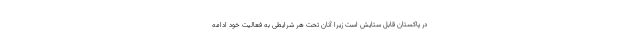
در پاکستان قابل ستایش است زیرا آنان تحت هر شرایطی به فعالیت خود ادامه